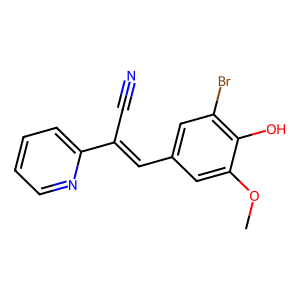
SMILES: COc1cc(C=C(C#N)c2ccccn2)cc(Br)c1O
Inhibits HIV replication: No